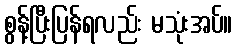
စွန့်ပြီးပြန်ရလည်း မသုံးအပ်။